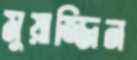
মুয়াজ্জিন